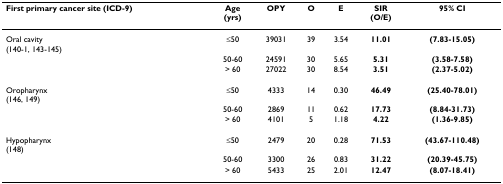
| First primary cancer site (ICD-9) | Age(yrs) | OPY | O | E | SIR(O/E) | 95% CI |
 | --- | --- | --- | --- | --- | --- | --- |
 | Oral cavity(140-1, 143-145) | ≤50 | 39031 | 39 | 3.54 | 11.01 | (7.83-15.05) |
 |  | 50-60 | 24591 | 30 | 5.65 | 5.31 | (3.58-7.58) |
 |  | > 60 | 27022 | 30 | 8.54 | 3.51 | (2.37-5.02) |
 | Oropharynx(146, 149) | ≤50 | 4333 | 14 | 0.30 | 46.49 | (25.40-78.01) |
 |  | 50-60 | 2869 | 11 | 0.62 | 17.73 | (8.84-31.73) |
 |  | > 60 | 4101 | 5 | 1.18 | 4.22 | (1.36-9.85) |
 | Hypopharynx(148) | ≤50 | 2479 | 20 | 0.28 | 71.53 | (43.67-110.48) |
 |  | 50-60 | 3300 | 26 | 0.83 | 31.22 | (20.39-45.75) |
 |  | > 60 | 5433 | 25 | 2.01 | 12.47 | (8.07-18.41) |